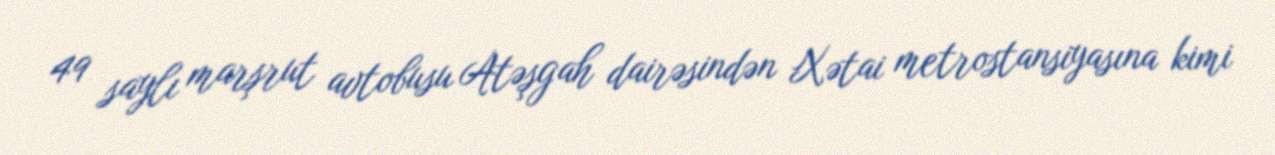
49 saylı marşrut avtobusu Atəşgah dairəsindən Xətai metrostansiyasına kimi